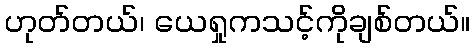
ဟုတ်တယ်၊ ယေရှုကသင့်ကိုချစ်တယ်။